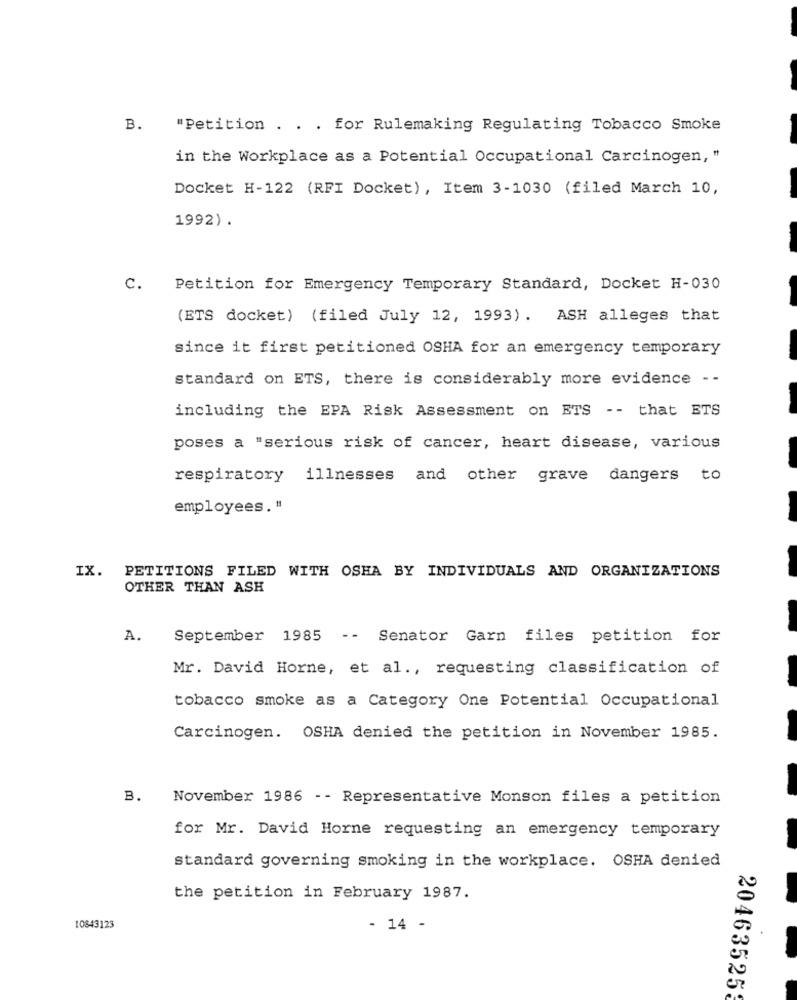
B. "Petition . . . for Rulemaking Regulating Tobacco Smoke
in the Workplace as a Potential Occupational Carcinogen, "
Docket H-122 (RFI Docket), Item 3-1030 (filed March 10,
1992).
C. Petition for Emergency Temporary Standard, Docket H-030
(ETS docket) (filed July 12, 1993). ASH alleges that
since it first petitioned OSHA for an emergency temporary
standard on ETS, there is considerably more evidence - -
including the EPA Risk Assessment on ETS -- that ETS
poses a "serious risk of cancer, heart disease, various
respiratory
illnesses
and other grave dangers to
employees. "
IX. PETITIONS FILED WITH OSHA BY INDIVIDUALS AND ORGANIZATIONS
OTHER THAN ASH
A.
September 1985 -- Senator Garn files petition for
Mr. David Horne, et al ., requesting classification of
tobacco smoke as a Category One Potential Occupational
Carcinogen. OSHA denied the petition in November 1985.
B.
November 1986 - - Representative Monson files a petition
for Mr. David Horne requesting an emergency temporary
standard governing smoking in the workplace. OSHA denied
the petition in February 1987.
10843123
- 14 -
20463525